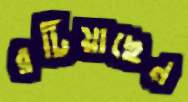
রটিয়াছেন